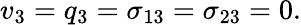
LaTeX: v_{3}=q_{3}=\sigma_{13}=\sigma_{23}=0.